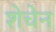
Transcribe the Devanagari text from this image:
शेचेन